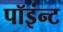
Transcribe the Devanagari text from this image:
पॉइंन्ट